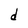
Character: d